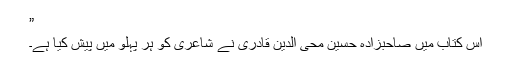
”
اس کتاب میں صاحبزادہ حسین محی الدین قادری نے شاعری کو ہر پہلو میں پیش کیا ہے۔